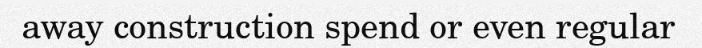
away construction spend or even regular